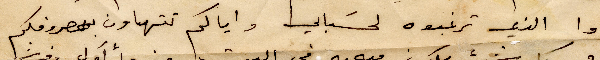
خذوا الذي ترغبونه لحسابي واياكم تتهاون بمصروفكم